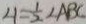
\angle 1 = \frac { 1 } { 2 } \angle A B C